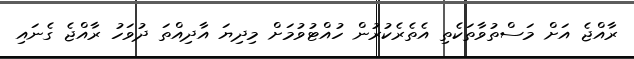
ރާއްޖެ އަށް މަސްތުވާތަކެތި އެތެރެކުރުން ހުއްޓުވުމަށް މިދިޔަ އާދިއްތަ ދުވަހު ރާއްޖެ ގެނައި